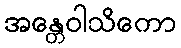
အန္တေဝါသိကော